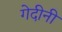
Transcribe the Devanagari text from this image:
गेदीनी